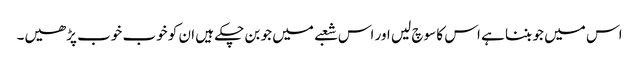
اس میں جو بننا ہے اس کا سوچ لیں اور اس شعبے میں جو بن چکے ہیں ان کو خوب خوب پڑھیں۔